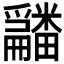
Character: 𤳿